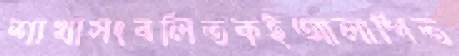
শাখাসংবলিতকইআলাপিত